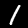
Label: 1